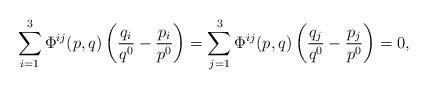
LaTeX: \begin{align*} \sum_{i=1}^3\Phi^{ij}(p,q)\left(\frac{q_i}{q^0}-\frac{p_i}{p^0}\right)=\sum_{j=1}^3\Phi^{ij}(p,q)\left(\frac{q_j}{q^0}-\frac{p_j}{p^0}\right)=0,\end{align*}